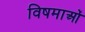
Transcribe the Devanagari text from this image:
विषमाओं